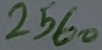
Text: 2560